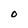
Character: 0